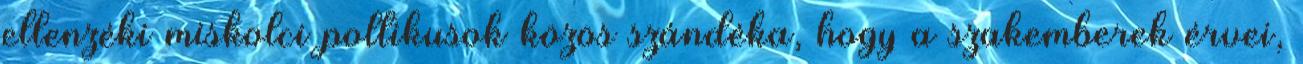
ellenzéki miskolci poltikusok közös szándéka, hogy a szakemberek érvei,